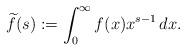
LaTeX: \begin{align*}\widetilde{f}(s) : = \int_0^{\infty} f(x) x^{s-1}\,dx.\end{align*}